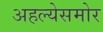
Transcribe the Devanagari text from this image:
अहल्येसमोर